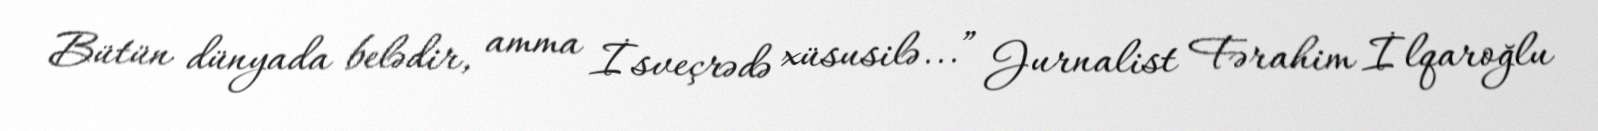
Bütün dünyada belədir, amma İsveçrədə xüsusilə...” Jurnalist Fərahim İlqaroğlu